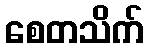
စေတသိက်